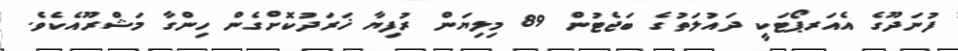
ފުނަދޫގެ އެއަރޕޯޓަކީ ދައުލަތުގެ ބަޖެޓުން 89 މިލިޔަން ރުފިޔާ ޚަރަދުކޮށްގެން ހިންގާ މަޝްރޫއެކެވެ.